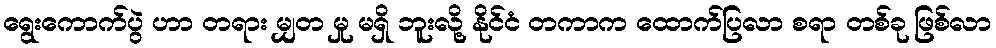
ရွေးကောက်ပွဲ ဟာ တရား မျှတ မှု မရှိ ဘူးလို့ နိုင်ငံ တကာက ထောက်ပြလာ စရာ တစ်ခု ဖြစ်လာ